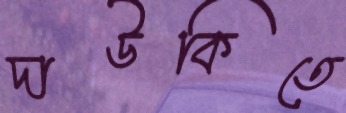
দাউকিতে